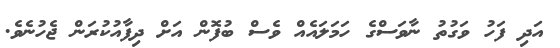
އަދި ފަހު ވަގުތު ނާވަސްގެ ހަމަލައެއް ވެސް ބުފޮން އަށް ދިފާއުކުރަން ޖެހުނެވެ.